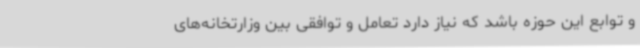
و توابع این حوزه باشد که نیاز دارد تعامل و توافقی بین وزارتخانه‌های